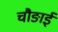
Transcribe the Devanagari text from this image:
चौङाई